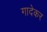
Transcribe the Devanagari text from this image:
गादेकर